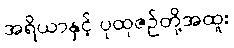
အရိယာနှင့် ပုထုဇဉ်တို့အထူး